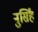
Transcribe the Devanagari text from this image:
नुर्सिंह